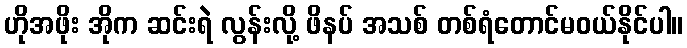
ဟိုအဖိုး အိုက ဆင်းရဲ လွန်းလို့ ဖိနပ် အသစ် တစ်ရံတောင်မဝယ်နိုင်ပါ။